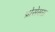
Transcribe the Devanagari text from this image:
प्रोसेसस